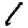
Digit: 1